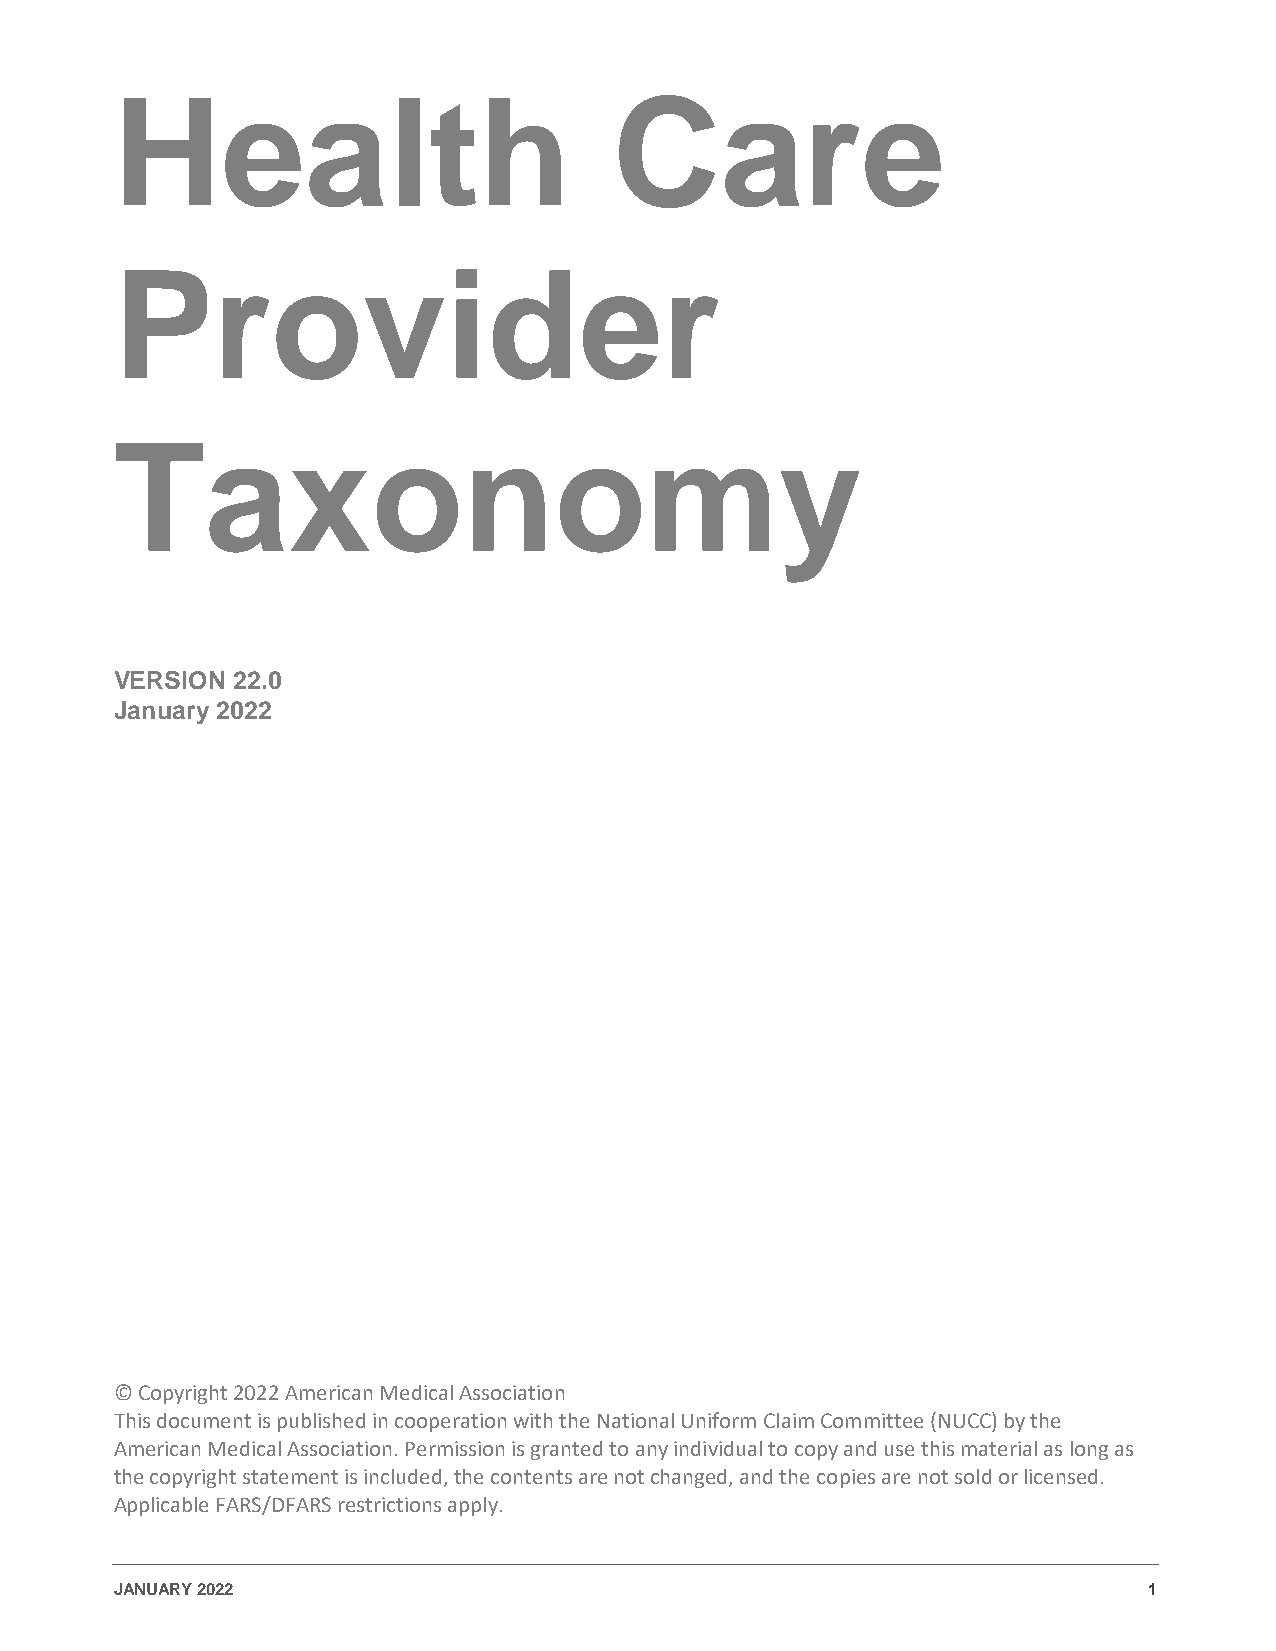
Health                           Care
 Provider
 Taxonomy
 VERSION 22.0
 January 2022
 © Copyright 2022 American Medical Association
 This document is published in cooperation with the National Uniform Claim Committee (NUCC) by the
 American Medical Association. Permission is granted to any individual to copy and use this material as long as
 the copyright statement is included, the contents are not changed, and the copies are not sold or licensed.
 Applicable FARS/DFARS restrictions apply.
 JANUARY 2022                                                        1